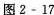
图2-17